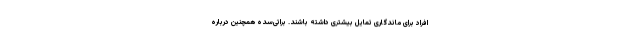
افراد برای ماندگاری تمایل بیشتری داشته باشند. براتی‌سده همچنین درباره